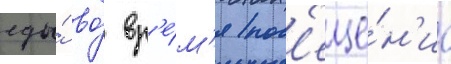
еды́ во́ вр'е́м'я пос'еще́н'иа